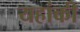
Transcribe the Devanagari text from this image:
यहांकी